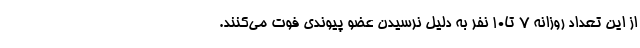
از این تعداد روزانه ۷ تا۱۰ نفر به دلیل نرسیدن عضو پیوندی فوت می‌کنند.